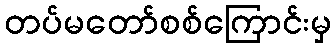
တပ်မတော်စစ်ကြောင်းမှ